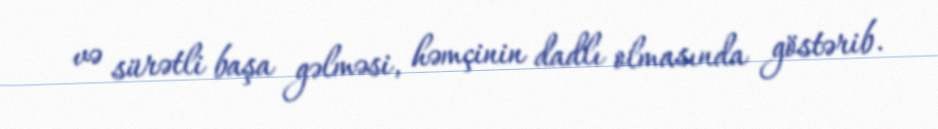
və sürətli başa gəlməsi, həmçinin dadlı olmasında göstərib.